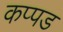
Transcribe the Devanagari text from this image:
कप्पड